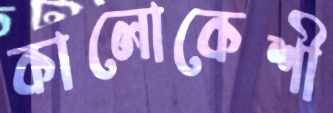
কালোকেশী